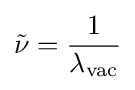
{\tilde {\nu }}={\frac {1}{\lambda _{\rm {vac}}}}